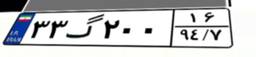
۳۳گ۲۰۰۱۶